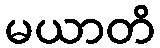
မယာတိ